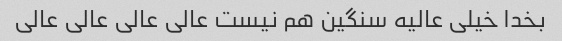
بخدا خیلی عالیه سنگین هم نیست عالی عالی عالی عالی